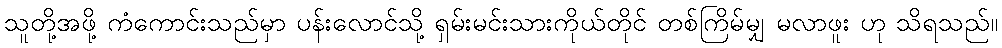
သူတို့အဖို့ ကံကောင်းသည်မှာ ပန်းလောင်သို့ ရှမ်းမင်းသားကိုယ်တိုင် တစ်ကြိမ်မျှ မလာဖူး ဟု သိရသည်။